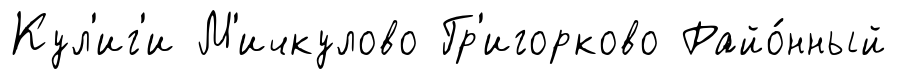
Кул'иг'и М'ичкулово Гр'игорково Райо́нный